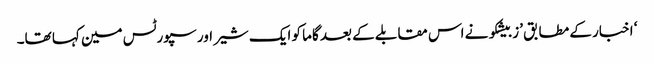
‘ اخبار کے مطابق ’زبیشکو نے اس مقابلے کے بعد گاما کو ایک شیر اور سپورٹس مین کہا تھا۔